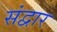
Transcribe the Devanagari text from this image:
संद्वार